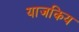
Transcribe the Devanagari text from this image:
याजकिय